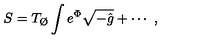
S = T _ { \O } \int e ^ { \Phi } \sqrt { - \hat { g } } + \cdots \ ,